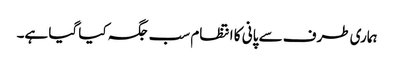
ہماری طرف سے پانی کا انتظام سب جگہ کیا گیا ہے۔